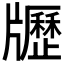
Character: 𤘃